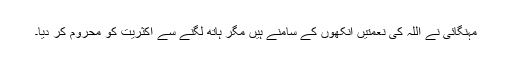
مہنگائی نے اللہ کی نعمتیں آنکھوں کے سامنے ہیں مگر ہاتھ لگنے سے اکثریت کو محروم کر دیا۔